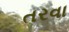
તરવા